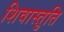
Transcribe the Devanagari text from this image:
शिवास्तुति